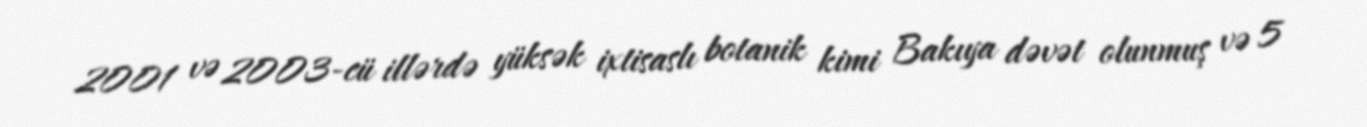
2001 və 2003-cü illərdə yüksək ixtisaslı botanik kimi Bakıya dəvət olunmuş və 5